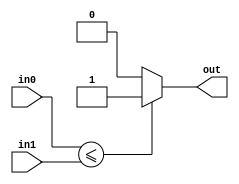
module comparator_mic(
    input [29:0] in0,
    input [29:0] in1,
    output out
);

    assign out = (in0 <= in1)? 1 : 0;
endmodule